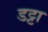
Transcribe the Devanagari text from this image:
डट्टा